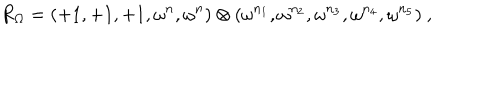
R _ { \Omega } = ( + 1 , + 1 , + 1 , \omega ^ { n } , \omega ^ { n } ) \otimes ( \omega ^ { n _ { 1 } } , \omega ^ { n _ { 2 } } , \omega ^ { n _ { 3 } } , \omega ^ { n _ { 4 } } , \omega ^ { n _ { 5 } } ) ~ , ~ \,